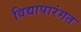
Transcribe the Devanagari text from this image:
विद्यापारंगत